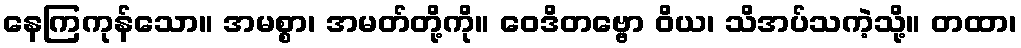
နေကြကုန်သော။ အမစ္စာ၊ အမတ်တို့ကို။ ဝေဒိတဗ္ဗော ဝိယ၊ သိအပ်သကဲ့သို့။ တထာ၊